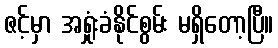
ဇင့်မှာ အရှုံးခံနိုင်စွမ်း မရှိတော့ပြီ။